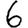
Digit: 6